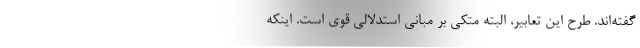
گفته‌اند. طرح این‌ تعابیر، البته متکی بر مبانی استدلالی قوی است. اینکه